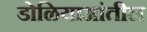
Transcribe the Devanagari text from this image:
डोळियाआंतील